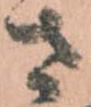
さ